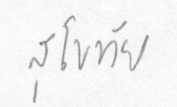
สุโขทัย